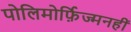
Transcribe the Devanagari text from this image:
पोलिमोर्फ़िज्मनहीं